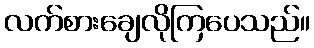
လက်စားချေလိုကြပေသည်။